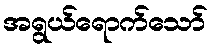
အရွယ်ရောက်သော်